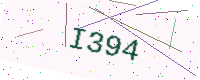
Text: I394